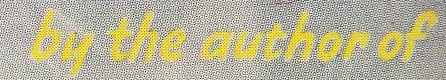
by the author of